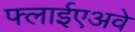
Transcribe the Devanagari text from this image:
फ्लाईएअवे